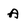
Character: A